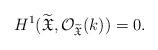
LaTeX: \begin{align*}H^1(\widetilde{\mathfrak{X}},{\mathcal O}_{\widetilde{\mathfrak{X}}}(k))=0.\end{align*}